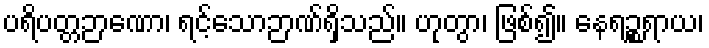
ပရိပတ္တဉာဏော၊ ရင့်သောဉာဏ်ရှိသည်။ ဟုတွာ၊ ဖြစ်၍။ နေရဉ္စရာယ၊